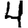
Digit: 4